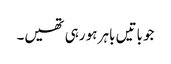
جو باتیں باہر ہو رہی تھیں۔